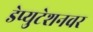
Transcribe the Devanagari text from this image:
डेप्युटेशनवर